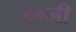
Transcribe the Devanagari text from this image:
८०जी